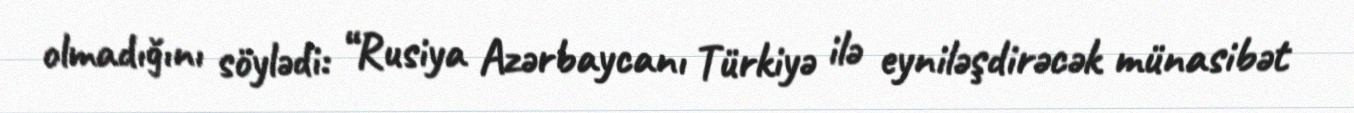
olmadığını söylədi: “Rusiya Azərbaycanı Türkiyə ilə eyniləşdirəcək münasibət